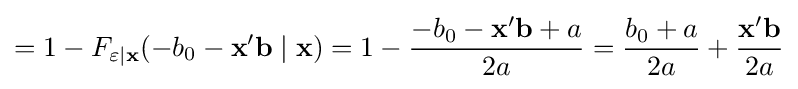
=1-F_{\varepsilon |\mathbf {x} }(-b_{0}-\mathbf {x} '\mathbf {b} \mid \mathbf {x} )=1-{\frac {-b_{0}-\mathbf {x} '\mathbf {b} +a}{2a}}={\frac {b_{0}+a}{2a}}+{\frac {\mathbf {x} '\mathbf {b} }{2a}}